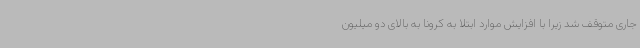
جاری متوقف شد زیرا با افزایش موارد ابتلا به کرونا به بالای دو میلیون